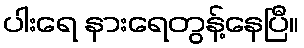
ပါးရေ နားရေတွန့်နေပြီ။